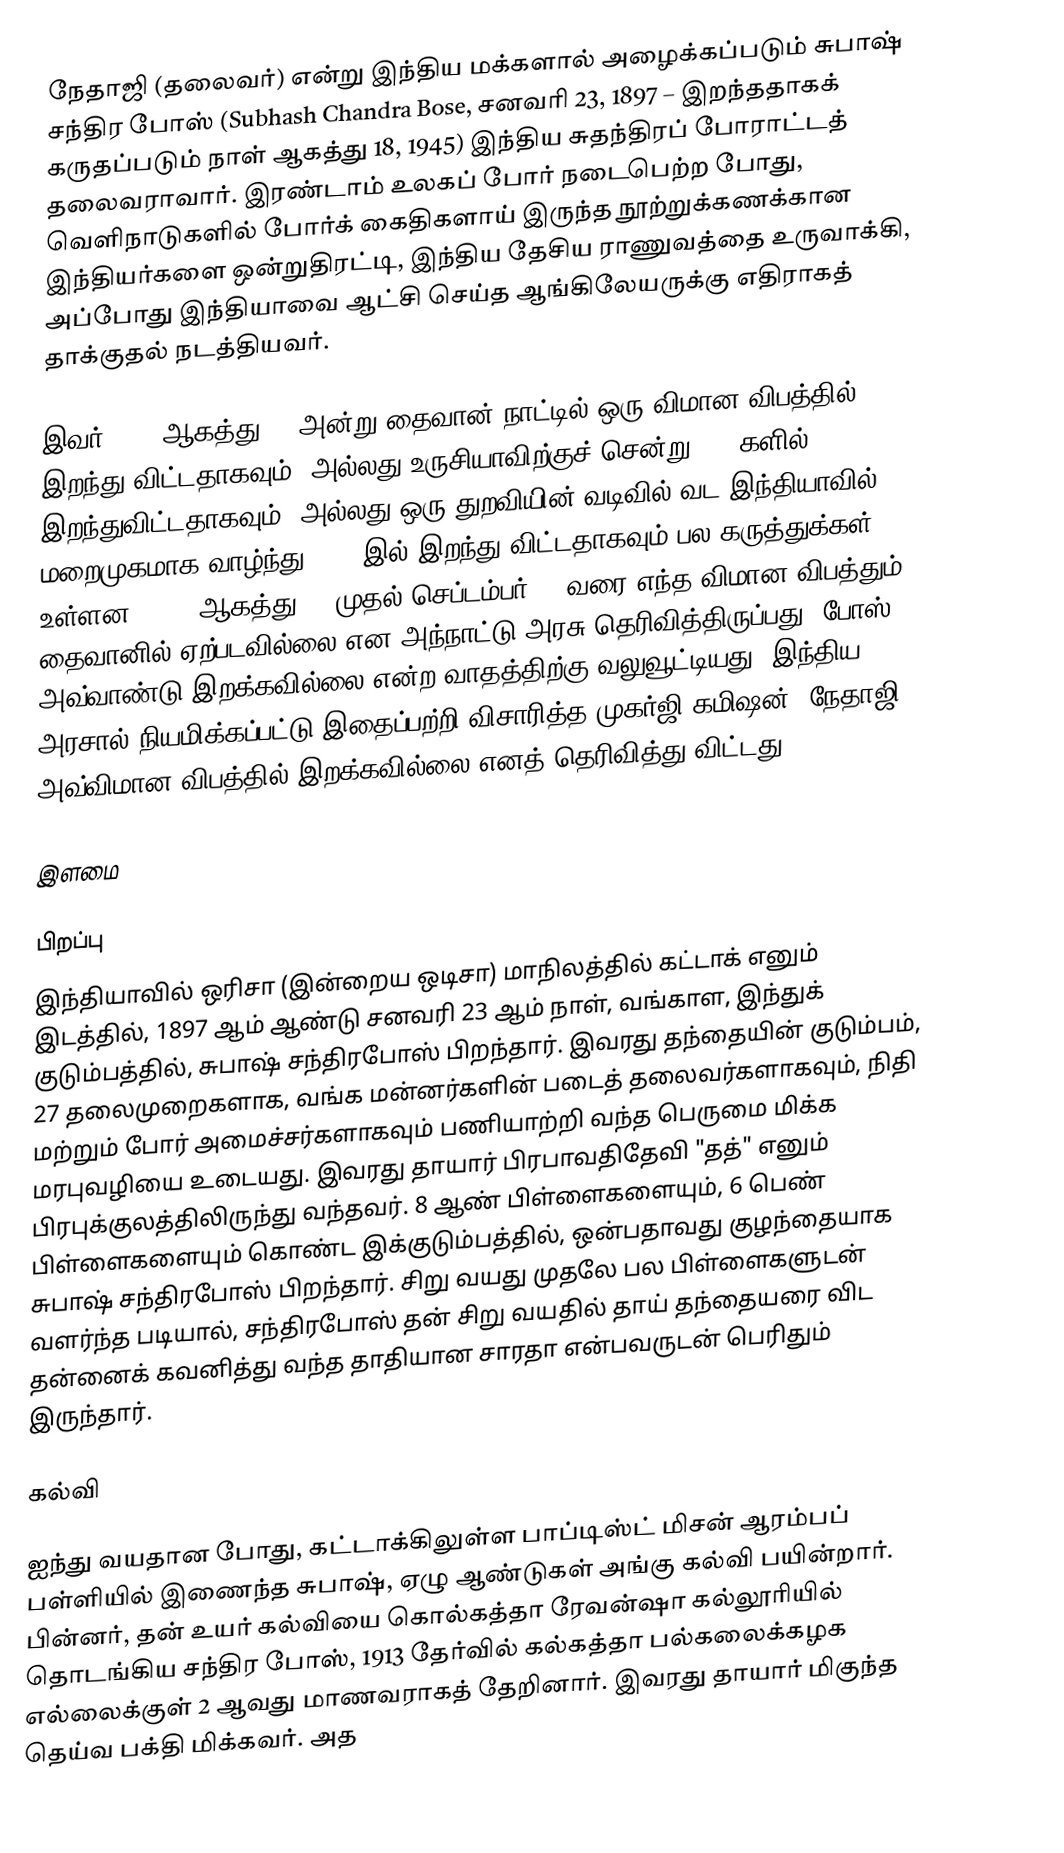
நேதாஜி (தலைவர்) என்று இந்திய மக்களால் அழைக்கப்படும் சுபாஷ் சந்திர போஸ் (Subhash Chandra Bose, சனவரி 23, 1897 – இறந்ததாகக் கருதப்படும் நாள் ஆகத்து 18, 1945) இந்திய சுதந்திரப் போராட்டத் தலைவராவார். இரண்டாம் உலகப் போர் நடைபெற்ற போது, வெளிநாடுகளில் போர்க் கைதிகளாய் இருந்த நூற்றுக்கணக்கான இந்தியர்களை ஒன்றுதிரட்டி, இந்திய தேசிய ராணுவத்தை உருவாக்கி, அப்போது இந்தியாவை ஆட்சி செய்த ஆங்கிலேயருக்கு எதிராகத் தாக்குதல் நடத்தியவர்.

இவர் 1945 ஆகத்து 18 அன்று தைவான் நாட்டில் ஒரு விமான விபத்தில் இறந்து விட்டதாகவும், அல்லது உருசியாவிற்குச் சென்று 1970களில் இறந்துவிட்டதாகவும், அல்லது ஒரு துறவியின் வடிவில் வட இந்தியாவில் மறைமுகமாக வாழ்ந்து 1985 இல் இறந்து விட்டதாகவும் பல கருத்துக்கள் உள்ளன. 1945 ஆகத்து 14 முதல் செப்டம்பர் 20 வரை எந்த விமான விபத்தும் தைவானில் ஏற்படவில்லை என அந்நாட்டு அரசு தெரிவித்திருப்பது, போஸ் அவ்வாண்டு இறக்கவில்லை என்ற வாதத்திற்கு வலுவூட்டியது. இந்திய அரசால் நியமிக்கப்பட்டு இதைப்பற்றி விசாரித்த முகர்ஜி கமிஷன், நேதாஜி அவ்விமான விபத்தில் இறக்கவில்லை எனத் தெரிவித்து விட்டது.

இளமை

பிறப்பு
இந்தியாவில் ஒரிசா (இன்றைய ஒடிசா) மாநிலத்தில் கட்டாக் எனும் இடத்தில், 1897 ஆம் ஆண்டு சனவரி 23 ஆம் நாள், வங்காள, இந்துக் குடும்பத்தில், சுபாஷ் சந்திரபோஸ் பிறந்தார். இவரது தந்தையின் குடும்பம், 27 தலைமுறைகளாக, வங்க மன்னர்களின் படைத் தலைவர்களாகவும், நிதி மற்றும் போர் அமைச்சர்களாகவும் பணியாற்றி வந்த பெருமை மிக்க மரபுவழியை உடையது. இவரது தாயார் பிரபாவதிதேவி "தத்" எனும் பிரபுக்குலத்திலிருந்து வந்தவர். 8 ஆண் பிள்ளைகளையும், 6 பெண் பிள்ளைகளையும் கொண்ட இக்குடும்பத்தில், ஒன்பதாவது குழந்தையாக சுபாஷ் சந்திரபோஸ் பிறந்தார். சிறு வயது முதலே பல பிள்ளைகளுடன் வளர்ந்த படியால், சந்திரபோஸ் தன் சிறு வயதில் தாய் தந்தையரை விட தன்னைக் கவனித்து வந்த தாதியான சாரதா என்பவருடன் பெரிதும் இருந்தார்.

கல்வி

ஐந்து வயதான போது, கட்டாக்கிலுள்ள பாப்டிஸ்ட் மிசன் ஆரம்பப் பள்ளியில் இணைந்த சுபாஷ், ஏழு ஆண்டுகள் அங்கு கல்வி பயின்றார். பின்னர், தன் உயர் கல்வியை கொல்கத்தா ரேவன்ஷா கல்லூரியில் தொடங்கிய சந்திர போஸ், 1913 தேர்வில் கல்கத்தா பல்கலைக்கழக எல்லைக்குள் 2 ஆவது மாணவராகத் தேறினார். இவரது தாயார் மிகுந்த தெய்வ பக்தி மிக்கவர். அத